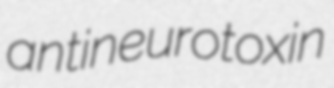
antineurotoxin